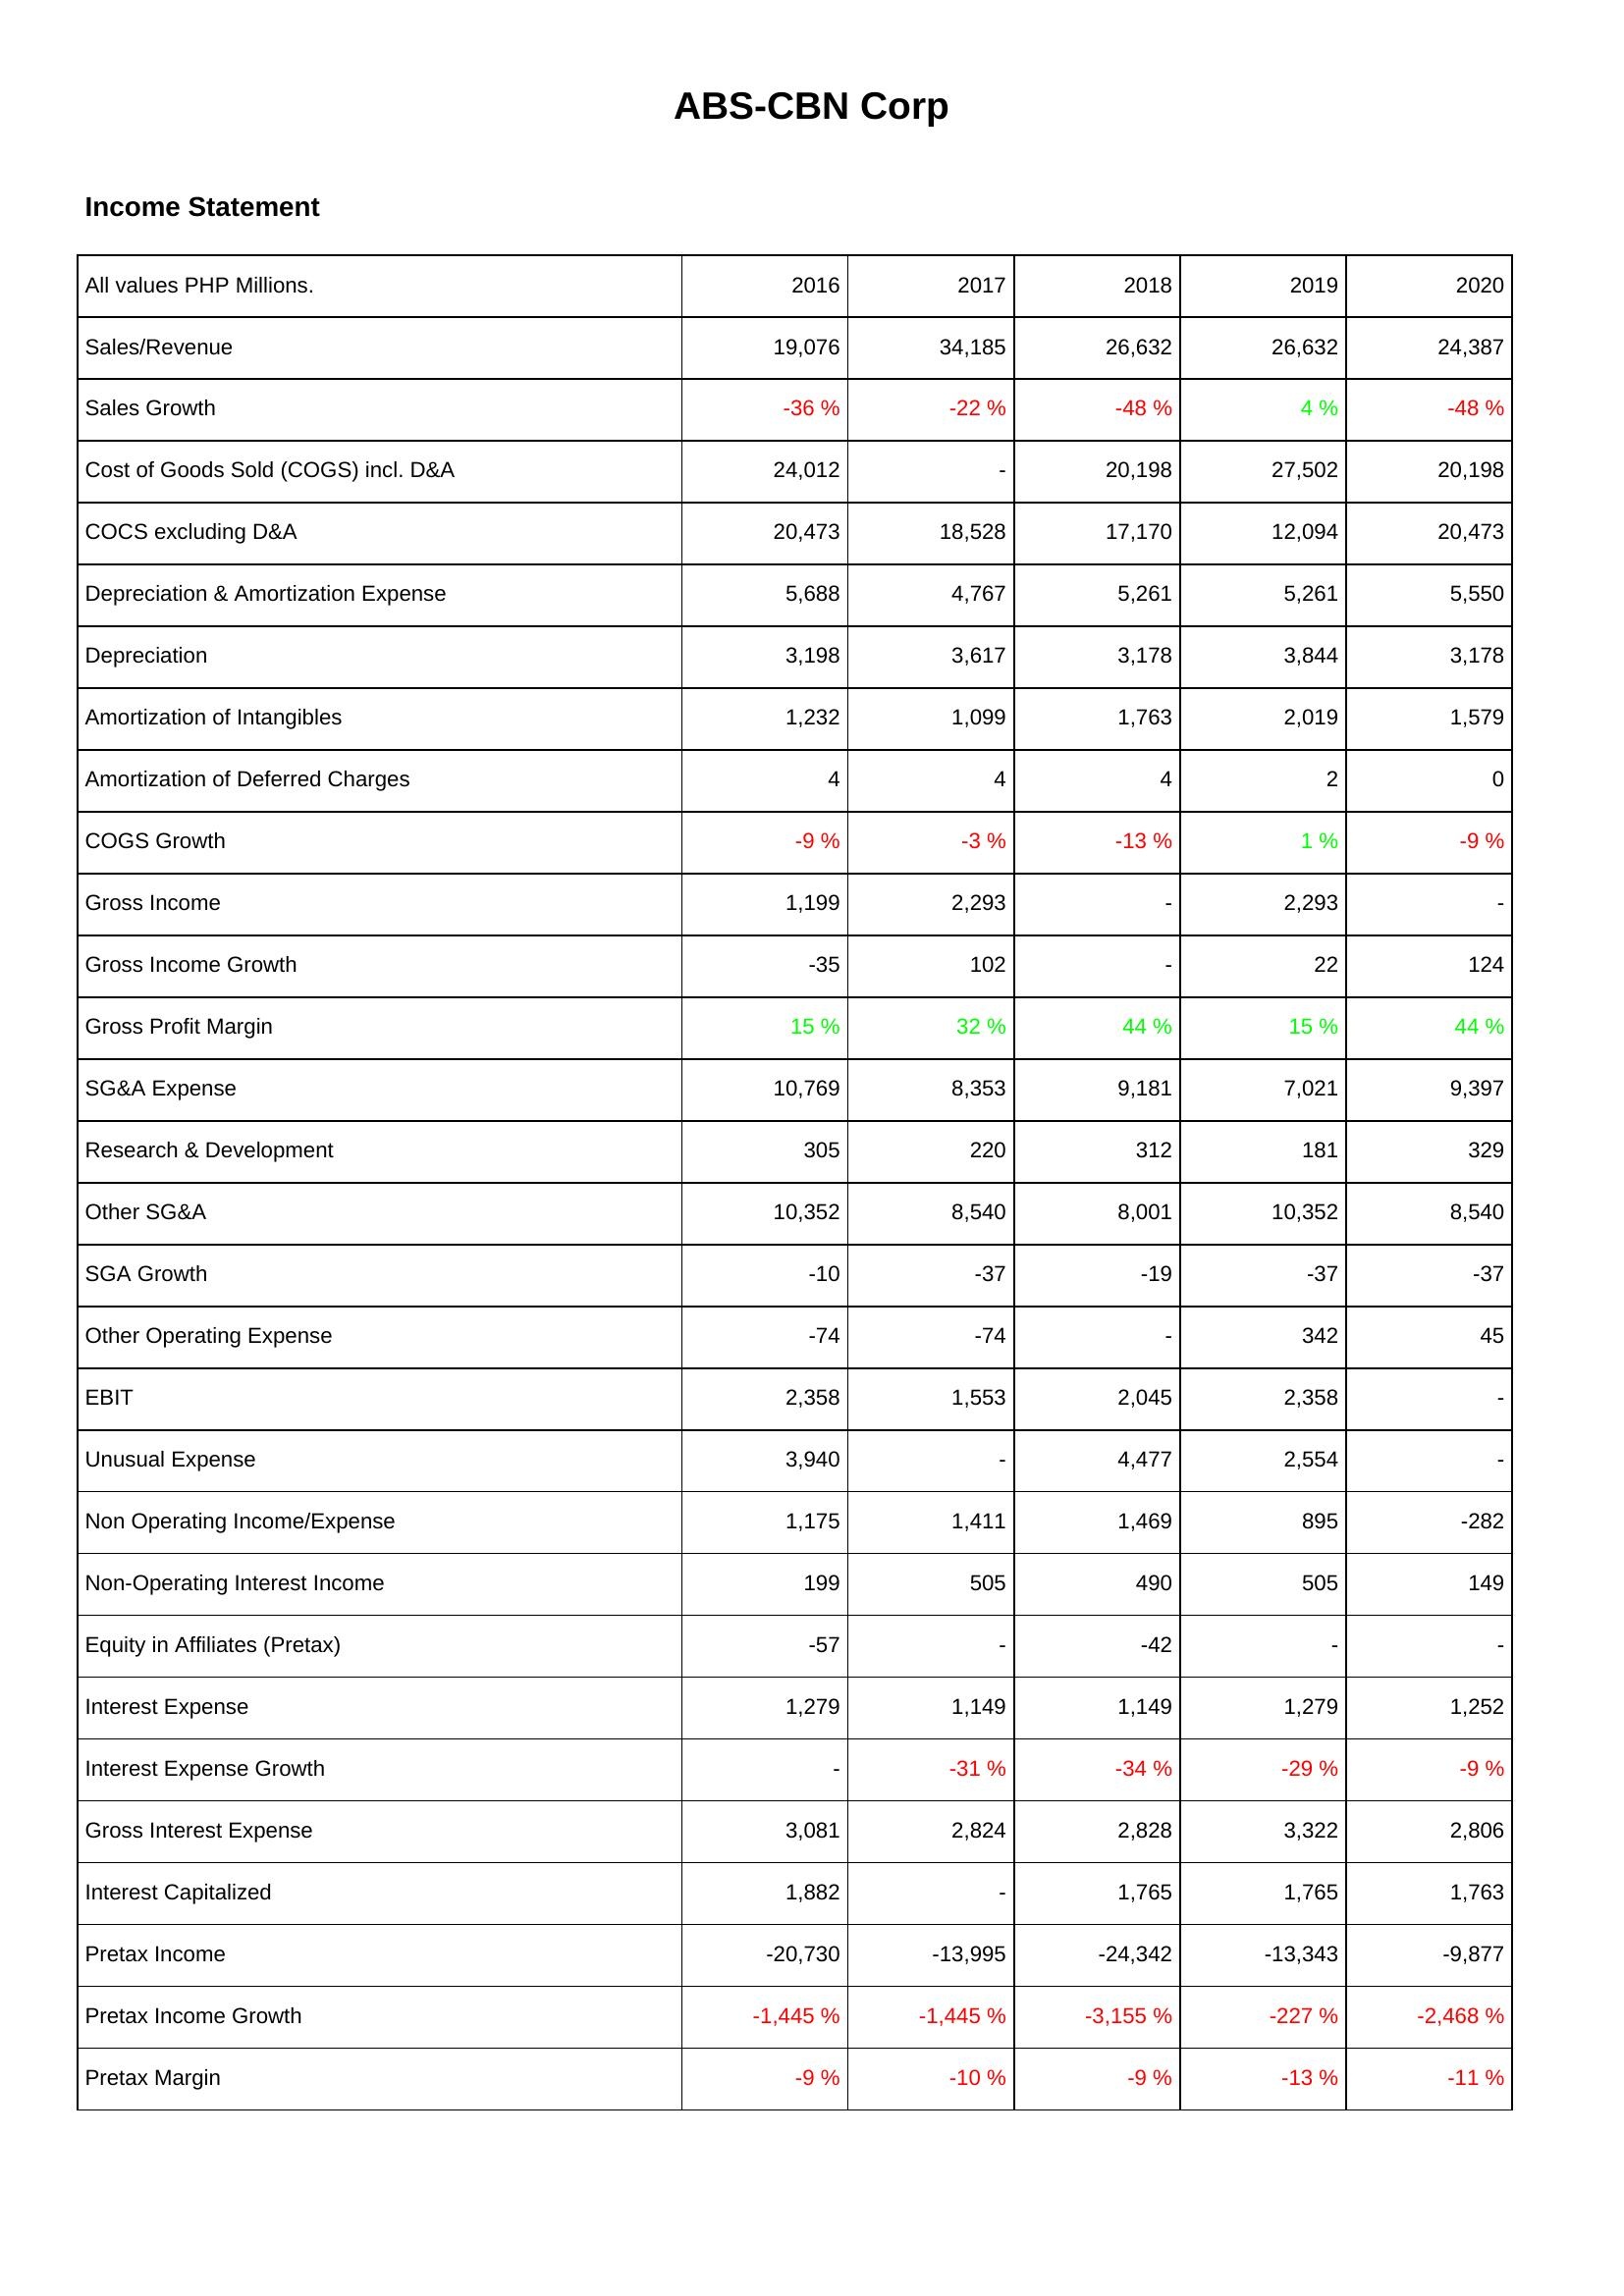
2016: Income Statement: Sales/Revenue: 19,076
Sales Growth: -36 %
Cost of Goods Sold (COGS) incl. D&A: 24,012
COCS excluding D&A: 20,473
Depreciation & Amortization Expense: 5,688
Depreciation: 3,198
Amortization of Intangibles: 1,232
Amortization of Deferred Charges: 4
COGS Growth: -9 %
Gross Income: 1,199
Gross Income Growth: -35
Gross Profit Margin: 15 %
SG&A Expense: 10,769
Research & Development: 305
Other SG&A: 10,352
SGA Growth: -10
Other Operating Expense: -74
EBIT: 2,358
Unusual Expense: 3,940
Non Operating Income/Expense: 1,175
Non-Operating Interest Income: 199
Equity in Affiliates (Pretax): -57
Interest Expense: 1,279
Interest Expense Growth: -
Gross Interest Expense: 3,081
Interest Capitalized: 1,882
Pretax Income: -20,730
Pretax Income Growth: -1,445 %
Pretax Margin: -9 %
2017: Income Statement: Sales/Revenue: 34,185
Sales Growth: -22 %
Cost of Goods Sold (COGS) incl. D&A: -
COCS excluding D&A: 18,528
Depreciation & Amortization Expense: 4,767
Depreciation: 3,617
Amortization of Intangibles: 1,099
Amortization of Deferred Charges: 4
COGS Growth: -3 %
Gross Income: 2,293
Gross Income Growth: 102
Gross Profit Margin: 32 %
SG&A Expense: 8,353
Research & Development: 220
Other SG&A: 8,540
SGA Growth: -37
Other Operating Expense: -74
EBIT: 1,553
Unusual Expense: -
Non Operating Income/Expense: 1,411
Non-Operating Interest Income: 505
Equity in Affiliates (Pretax): -
Interest Expense: 1,149
Interest Expense Growth: -31 %
Gross Interest Expense: 2,824
Interest Capitalized: -
Pretax Income: -13,995
Pretax Income Growth: -1,445 %
Pretax Margin: -10 %
2018: Income Statement: Sales/Revenue: 26,632
Sales Growth: -48 %
Cost of Goods Sold (COGS) incl. D&A: 20,198
COCS excluding D&A: 17,170
Depreciation & Amortization Expense: 5,261
Depreciation: 3,178
Amortization of Intangibles: 1,763
Amortization of Deferred Charges: 4
COGS Growth: -13 %
Gross Income: -
Gross Income Growth: -
Gross Profit Margin: 44 %
SG&A Expense: 9,181
Research & Development: 312
Other SG&A: 8,001
SGA Growth: -19
Other Operating Expense: -
EBIT: 2,045
Unusual Expense: 4,477
Non Operating Income/Expense: 1,469
Non-Operating Interest Income: 490
Equity in Affiliates (Pretax): -42
Interest Expense: 1,149
Interest Expense Growth: -34 %
Gross Interest Expense: 2,828
Interest Capitalized: 1,765
Pretax Income: -24,342
Pretax Income Growth: -3,155 %
Pretax Margin: -9 %
2019: Income Statement: Sales/Revenue: 26,632
Sales Growth: 4 %
Cost of Goods Sold (COGS) incl. D&A: 27,502
COCS excluding D&A: 12,094
Depreciation & Amortization Expense: 5,261
Depreciation: 3,844
Amortization of Intangibles: 2,019
Amortization of Deferred Charges: 2
COGS Growth: 1 %
Gross Income: 2,293
Gross Income Growth: 22
Gross Profit Margin: 15 %
SG&A Expense: 7,021
Research & Development: 181
Other SG&A: 10,352
SGA Growth: -37
Other Operating Expense: 342
EBIT: 2,358
Unusual Expense: 2,554
Non Operating Income/Expense: 895
Non-Operating Interest Income: 505
Equity in Affiliates (Pretax): -
Interest Expense: 1,279
Interest Expense Growth: -29 %
Gross Interest Expense: 3,322
Interest Capitalized: 1,765
Pretax Income: -13,343
Pretax Income Growth: -227 %
Pretax Margin: -13 %
2020: Income Statement: Sales/Revenue: 24,387
Sales Growth: -48 %
Cost of Goods Sold (COGS) incl. D&A: 20,198
COCS excluding D&A: 20,473
Depreciation & Amortization Expense: 5,550
Depreciation: 3,178
Amortization of Intangibles: 1,579
Amortization of Deferred Charges: 0
COGS Growth: -9 %
Gross Income: -
Gross Income Growth: 124
Gross Profit Margin: 44 %
SG&A Expense: 9,397
Research & Development: 329
Other SG&A: 8,540
SGA Growth: -37
Other Operating Expense: 45
EBIT: -
Unusual Expense: -
Non Operating Income/Expense: -282
Non-Operating Interest Income: 149
Equity in Affiliates (Pretax): -
Interest Expense: 1,252
Interest Expense Growth: -9 %
Gross Interest Expense: 2,806
Interest Capitalized: 1,763
Pretax Income: -9,877
Pretax Income Growth: -2,468 %
Pretax Margin: -11 %